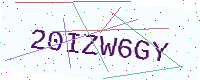
Text: 20IZW6GY